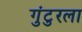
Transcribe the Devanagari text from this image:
गुंटुरला